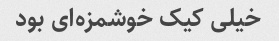
خیلی کیک خوشمزه‌ای بود